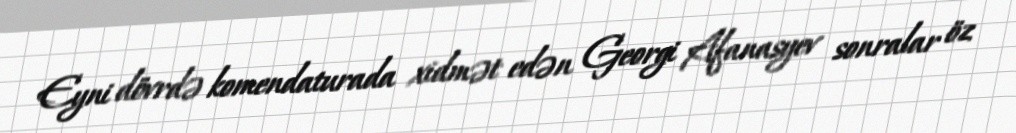
Eyni dövrdə komendaturada xidmət edən Georgi Afanasyev sonralar öz